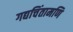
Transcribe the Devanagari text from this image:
गद्यचिंतामणि